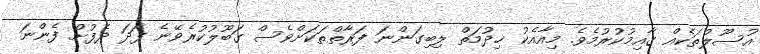
އުސޫލުތަކެއް ގާއިމުކުރުމެވެ. މިއާއެކު ޚިދުމަތް ލިބިގަންނަ ފަރާތްތަކަށްވެސް ގަބޫލުކުރެވޭނެ ފަދަ ދެފުށް ފެންނަ